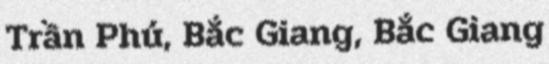
Trần Phú, Bắc Giang, Bắc Giang